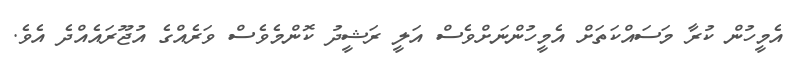
އެމީހުން ކުރާ މަސައްކަތަށް އެމީހުންނަށްވެސް އަލީ ރަޝީދު ކޮންމެވެސް ވަރެއްގެ އުޖޫރައެއްދެ އެވެ.